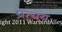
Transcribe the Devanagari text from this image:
प्रत्ययः